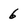
Character: 6